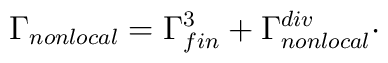
\Gamma _{nonlocal}=\Gamma _{fin}^{3}+\Gamma _{nonlocal}^{div}\cdot